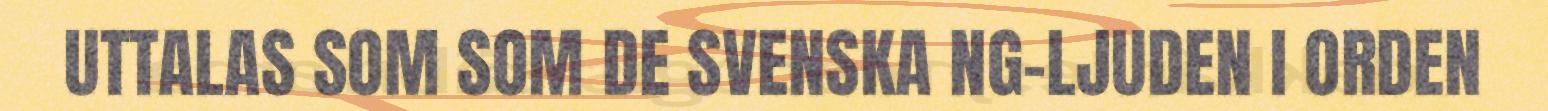
UTTALAS SOM SOM DE SVENSKA NG-LJUDEN I ORDEN